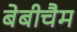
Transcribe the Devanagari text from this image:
बेबीचैम